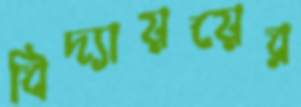
বিদ্যায়য়ের